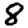
Digit: 8